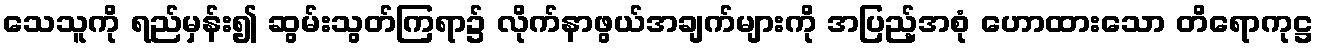
သေသူကို ရည်မှန်း၍ ဆွမ်းသွတ်ကြရာ၌ လိုက်နာဖွယ်အချက်များကို အပြည့်အစုံ ဟောထားသော တိရောကုဋ္ဌ